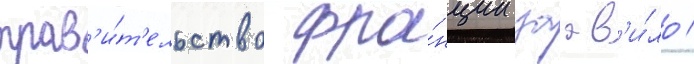
прав'и́т'ельство фра́нции заав'и́ло /